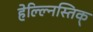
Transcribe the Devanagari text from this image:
हेल्ल्निस्तिक्